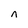
Character: n